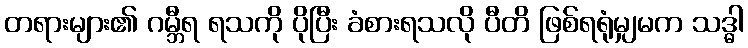
တရားများ၏ ဂမ္ဘီရ ရသကို ပိုပြီး ခံစားရသလို ပီတိ ဖြစ်ရရုံမျှမက သဒ္ဓါ